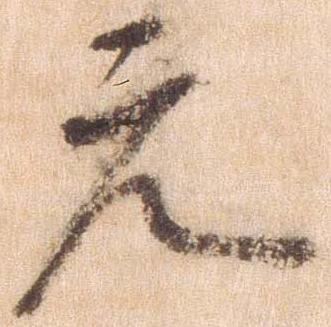
元